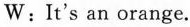
W : It's an orange.